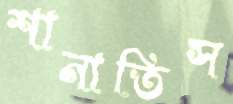
শানাতিস